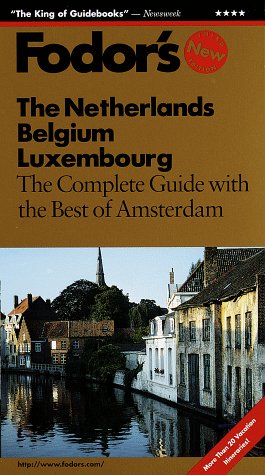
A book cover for The Netherlands, Belgium, Luxembourg (Fodor's Gold Guides); Fodor's; Travel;